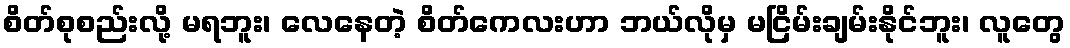
စိတ်စုစည်းလို့ မရဘူး၊ လေနေတဲ့ စိတ်ကေလးဟာ ဘယ်လိုမှ မငြိမ်းချမ်းနိုင်ဘူး၊ လူတွေ